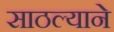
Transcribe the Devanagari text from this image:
साठल्याने